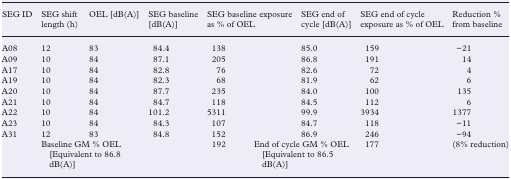
<table><thead><tr><td><b>SEG ID</b></td><td><b>SEG shift length (h)</b></td><td><b>OEL [dB(A)]</b></td><td><b>SEG baseline [dB(A)]</b></td><td colspan="2"><b>SEG baseline exposure as % of OEL</b></td><td><b>SEG end of cycle [dB(A)]</b></td><td><b>SEG end of cycle exposure as % of OEL</b></td><td><b>Reduction % from baseline</b></td></tr></thead><tbody><tr><td>A08</td><td>12</td><td>83</td><td>84.4</td><td colspan="2">138</td><td>85.0</td><td>159</td><td>−21</td></tr><tr><td>A09</td><td>10</td><td>84</td><td>87.1</td><td colspan="2">205</td><td>86.8</td><td>191</td><td>14</td></tr><tr><td>A17</td><td>10</td><td>84</td><td>82.8</td><td colspan="2">76</td><td>82.6</td><td>72</td><td>4</td></tr><tr><td>A19</td><td>10</td><td>84</td><td>82.3</td><td colspan="2">68</td><td>81.9</td><td>62</td><td>6</td></tr><tr><td>A20</td><td>10</td><td>84</td><td>87.7</td><td colspan="2">235</td><td>84.0</td><td>100</td><td>135</td></tr><tr><td>A21</td><td>10</td><td>84</td><td>84.7</td><td colspan="2">118</td><td>84.5</td><td>112</td><td>6</td></tr><tr><td>A22</td><td>10</td><td>84</td><td>101.2</td><td colspan="2">5311</td><td>99.9</td><td>3934</td><td>1377</td></tr><tr><td>A23</td><td>10</td><td>84</td><td>84.3</td><td colspan="2">107</td><td>84.7</td><td>118</td><td>−11</td></tr><tr><td>A31</td><td>12</td><td>83</td><td>84.8</td><td colspan="2">152</td><td>86.9</td><td>246</td><td>−94</td></tr><tr><td></td><td colspan="3">Baseline GM % OEL [Equivalent to 86.8 dB(A)]</td><td>192</td><td colspan="2">End of cycle GM % OEL [Equivalent to 86.5 dB(A)]</td><td>177</td><td>(8% reduction)</td></tr></tbody></table>